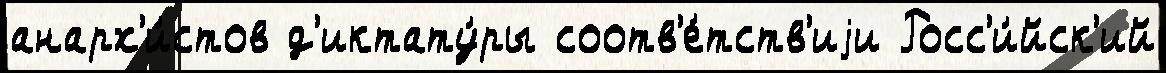
анарх'и́стов д'иктату́ры соотв'е́тств'иjи Росс'и́йск'ий